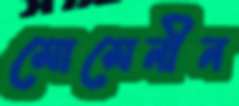
মোমেনীন